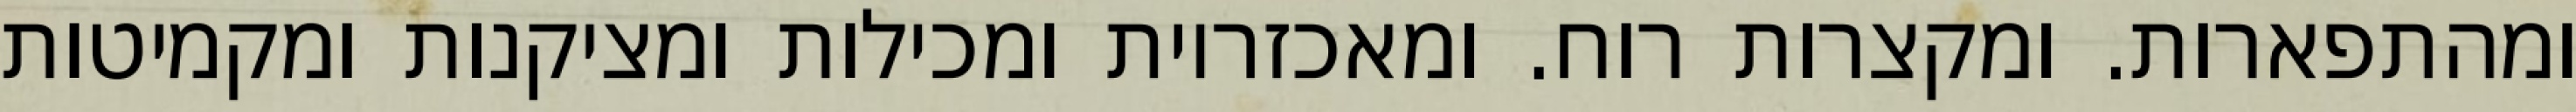
ומהתפארות. ומקצרות רוח. ומאכזריות ומכילות ומציקנות ומקמיטות